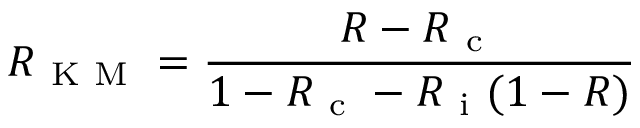
R _ { \mathrm { ~ K ~ M ~ } } = \frac { R - R _ { \mathrm { ~ c ~ } } } { 1 - R _ { \mathrm { ~ c ~ } } - R _ { \mathrm { ~ i ~ } } ( 1 - R ) }